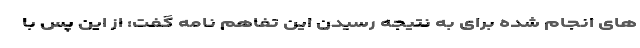
های انجام شده برای به نتیجه رسیدن این تفاهم نامه گفت: از این پس با